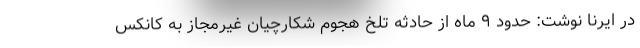
در ایرنا نوشت: حدود ۹ ماه از حادثه تلخ هجوم شکارچیان غیرمجاز به کانکس